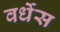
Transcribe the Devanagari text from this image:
वर्धेस